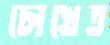
চোখেত